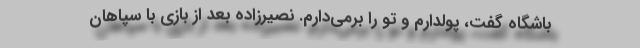
باشگاه گفت، پولدارم و تو را برمی‌دارم. نصیرزاده بعد از بازی با سپاهان